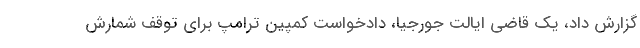
گزارش داد، یک قاضی ایالت جورجیا، دادخواست کمپین ترامپ برای توقف شمارش